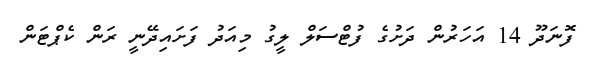
ފޮނަދޫ 14 އަހަރުން ދަށުގެ ފުޓްސަލް ލީގު މިއަދު ފަށައިދޭނީ ރަން ކެޕްޓަން